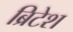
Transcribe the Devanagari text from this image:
ब्रिटेश